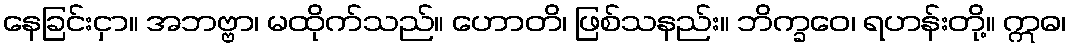
နေခြင်းငှာ။ အဘဗ္ဗာ၊ မထိုက်သည်။ ဟောတိ၊ ဖြစ်သနည်း။ ဘိက္ခဝေ၊ ရဟန်းတို့။ ဣဓ၊